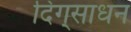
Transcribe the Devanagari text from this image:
दिग्‌साधन